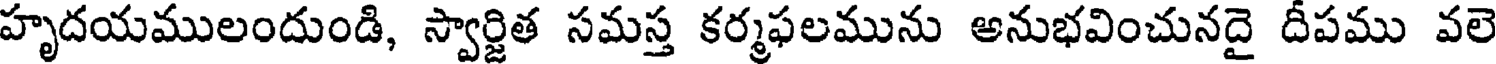
హృదయములందుండి, స్వార్జిత సమస్త కర్మఫలమును అనుభవించునదై దీపము వలె